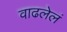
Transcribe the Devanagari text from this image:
वाढलेलं